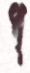
প্